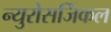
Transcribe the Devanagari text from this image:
न्युरोसर्जिकल